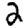
Digit: 2